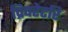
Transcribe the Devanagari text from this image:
प्रिपरेटरि